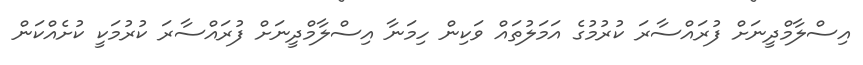
އިސްލާމްދީނަށް ފުރައްސާރަ ކުރުމުގެ އަމަލުތައް ވަކިން ހިމަނާ އިސްލާމްދީނަށް ފުރައްސާރަ ކުރުމަކީ ކުށެއްކަން